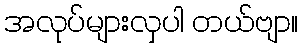
အလုပ်များလှပါ တယ်ဗျာ။